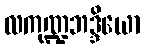
လကုဏ္ဍဘဒ္ဒိယော